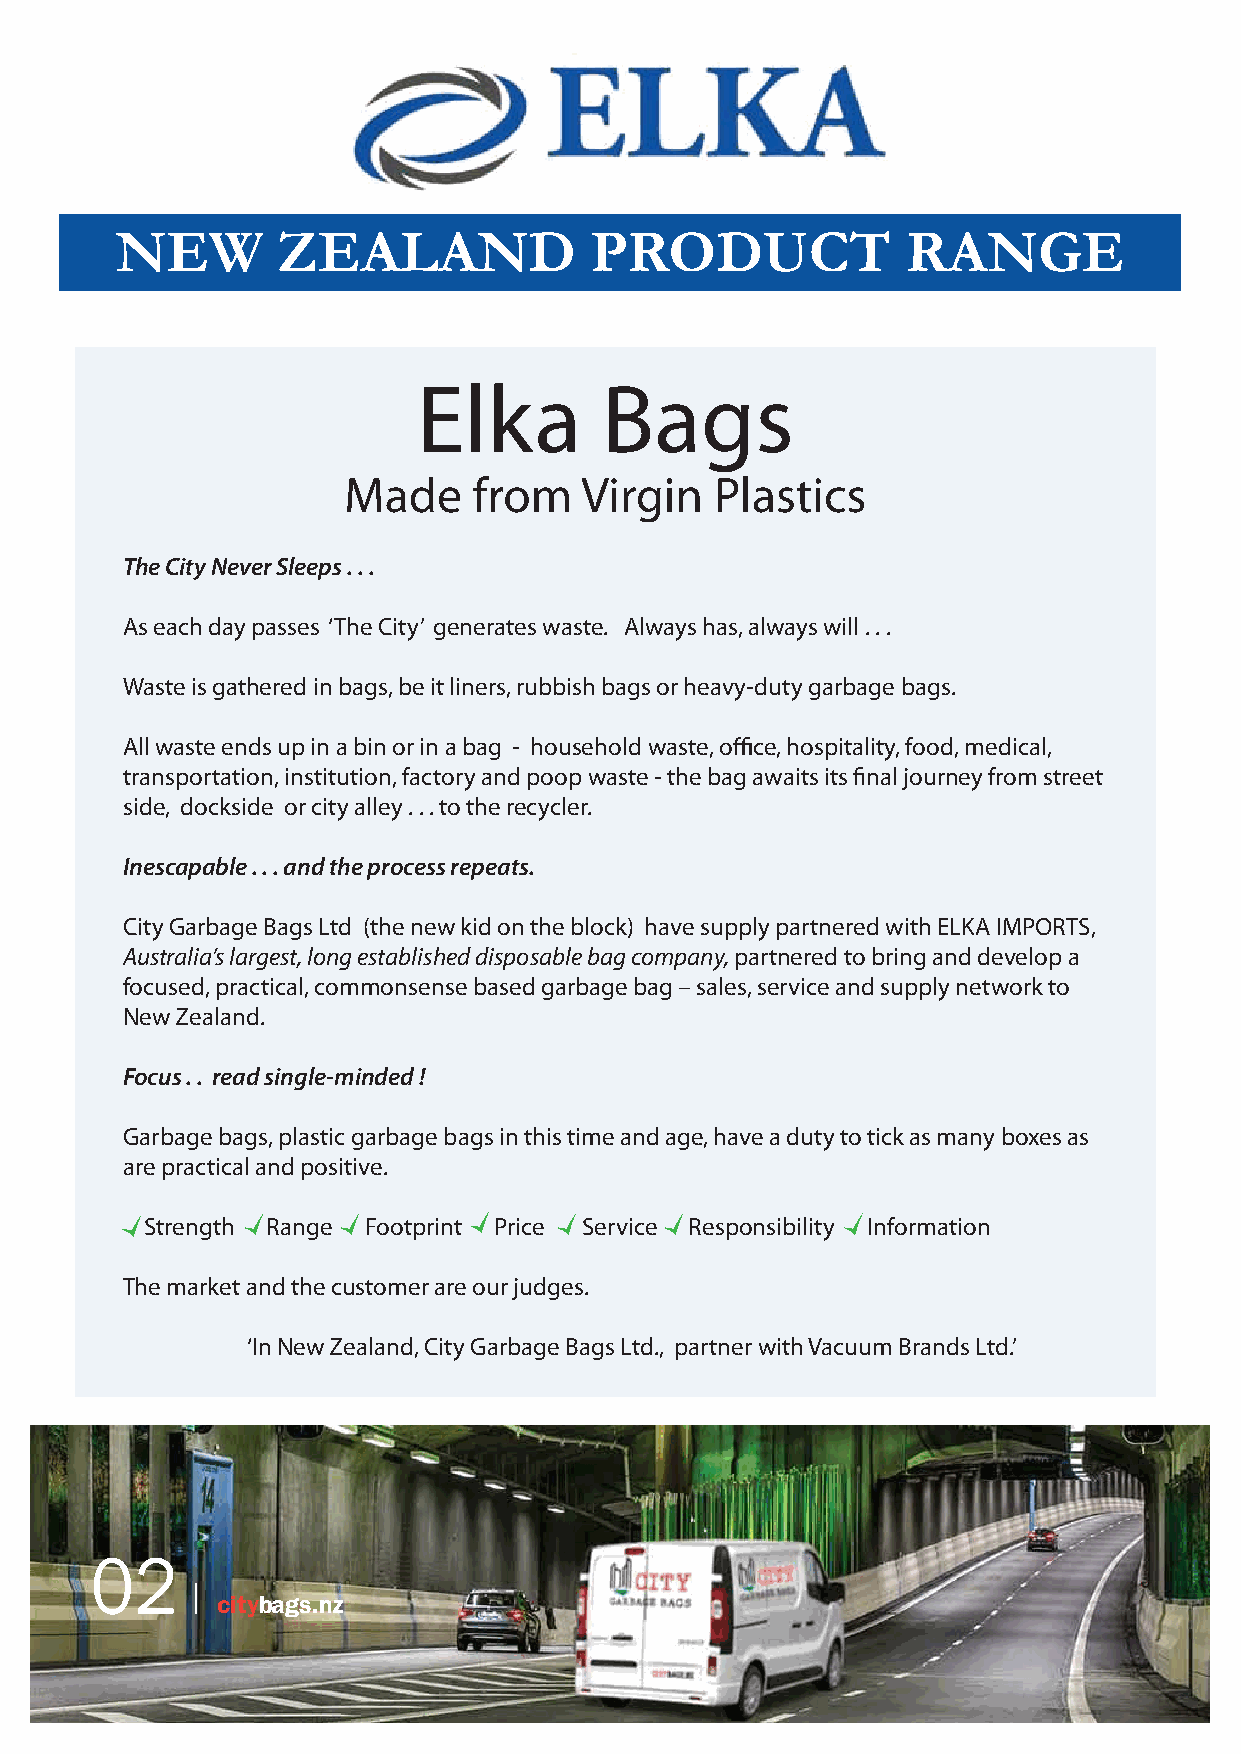
NEW       ZEALAND              PRODUCT              RANGE
 Elka        Bags
 Made    from   Virgin   Plastics
 The City Never Sleeps . . .
 As each day passes ‘The City’ generates waste. Always has, always will . . .
 Waste is gathered in bags, be it liners, rubbish bags or heavy-duty garbage bags.
 All waste ends up in a bin or in a bag - household waste, office, hospitality, food, medical,
 transportation, institution, factory and poop waste - the bag awaits its final journey from street
 side, dockside or city alley . . . to the recycler.
 Inescapable . . . and the process repeats.
 City Garbage Bags Ltd (the new kid on the block) have supply partnered with ELKA IMPORTS,
 Australia’s largest, long established disposable bag company, partnered to bring and develop a
 focused, practical, commonsense based garbage bag – sales, service and supply network to
 New Zealand.
 Focus . . read single-minded !
 Garbage bags, plastic garbage bags in this time and age, have a duty to tick as many boxes as
 are practical and positive.
 Strength Range Footprint Price Service Responsibility Information
 The market and the customer are our judges.
 ‘In New Zealand, City Garbage Bags Ltd., partner with Vacuum Brands Ltd.’
 02
 citybags.nz